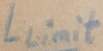
Text: Llimit